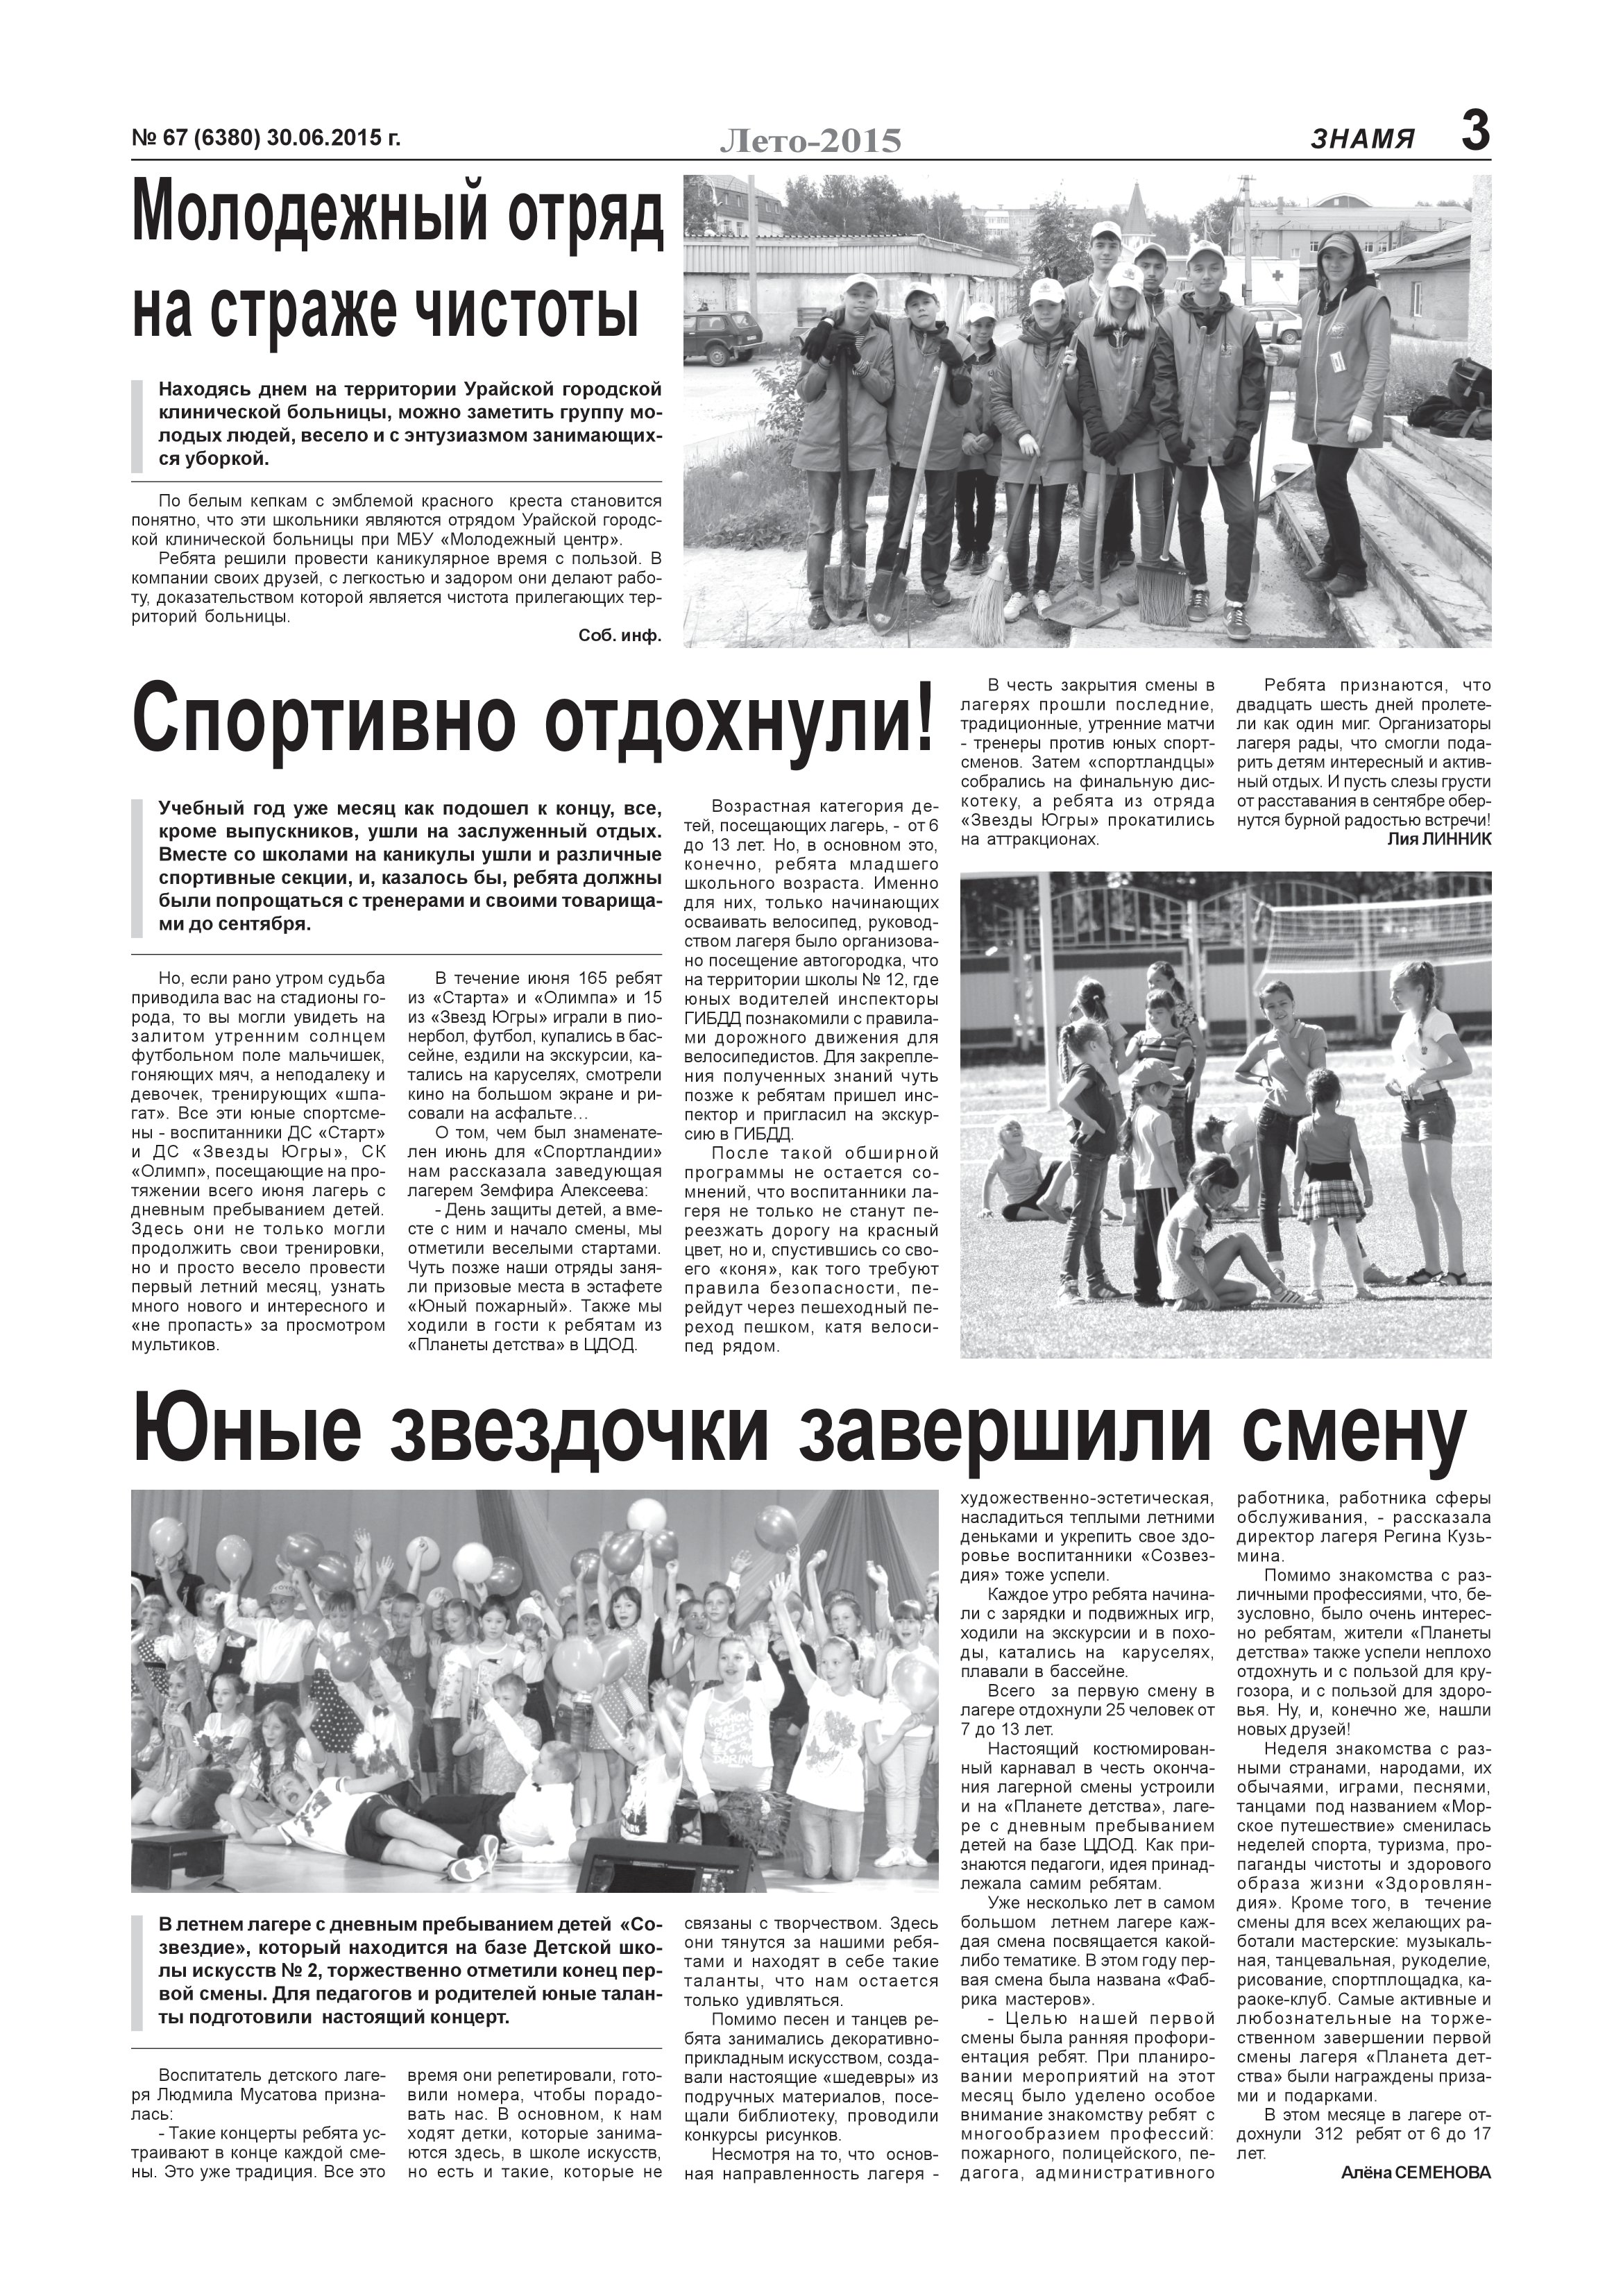
Language: ru